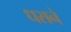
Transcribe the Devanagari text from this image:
धसने